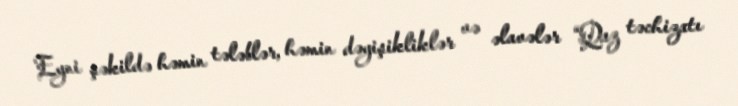
Eyni şəkildə həmin tələblər, həmin dəyişikliklər və əlavələr “Qaz təchizatı